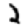
Digit: 2